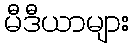
မီဒီယာများ